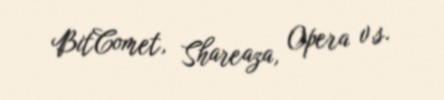
BitComet, Shareaza, Opera v.s.